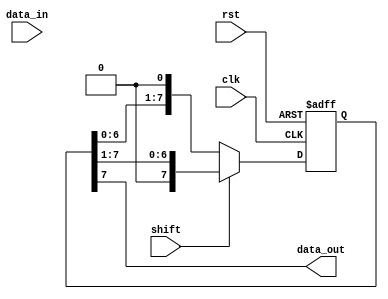
module bidirectional_shift_register (
    input wire clk,
    input wire rst,
    input wire shift,
    input wire data_in,
    output wire data_out
);

parameter NUM_BITS = 8;
reg [NUM_BITS - 1:0] reg_data;

always @(posedge clk or posedge rst) begin
    if (rst) begin
        reg_data <= 0;
    end else begin
        if (shift) begin
            reg_data <= {1'b0, reg_data[NUM_BITS - 1:1]}; // Right shift
        end else begin
            reg_data <= {reg_data[NUM_BITS - 2:0], 1'b0}; // Left shift
        end
    end
end

assign data_out = reg_data[NUM_BITS - 1];

endmodule